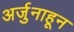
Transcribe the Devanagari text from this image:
अर्जुनाहून